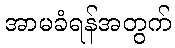
အာမခံရန်အတွက်